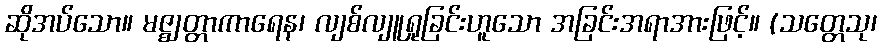
ဆိုအပ်သော။ မဇ္ဈတ္တာကာရေန၊ လျစ်လျူရှုခြင်းဟူသော အခြင်းအရာအားဖြင့်။ (သတ္တေသု၊